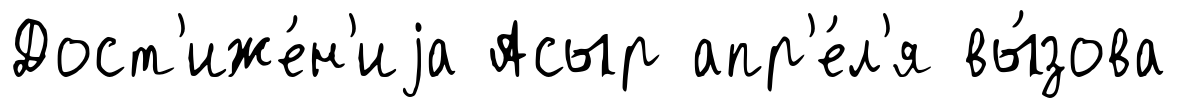
Дост'иже́н'иjа Асыр апр'е́л'я вы́зова